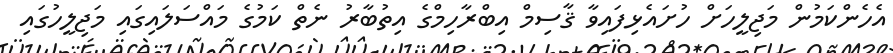
އެހެންކަމުން މަޖިލީހަށް ހުށައެޅިފައިވާ ޤާސިމް އިބްރާހިމްގެ އިތުބާރު ނެތް ކަމުގެ މައްސަލައިގައި މަޖިލީހުގައި